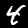
Digit: 4